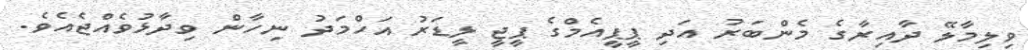
ވިލިމާލޭ ދާއިރާގެ މެންބަރު އަދި ޕީޕީއެމްގެ ޕީޖީ ލީޑަރު އަހްމަދު ނިހާން ވިދާޅުވެއްޖެއެވެ.